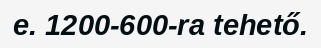
e. 1200-600-ra tehető.